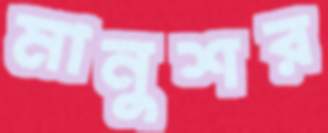
মানুশর